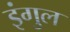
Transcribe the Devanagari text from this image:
इंगुल